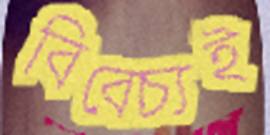
বিবেচ্যই